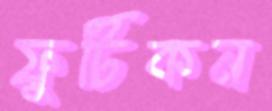
ফুটিকন